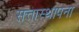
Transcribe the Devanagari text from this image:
सत्तास्थापना